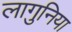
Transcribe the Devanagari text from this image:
लागुनिया